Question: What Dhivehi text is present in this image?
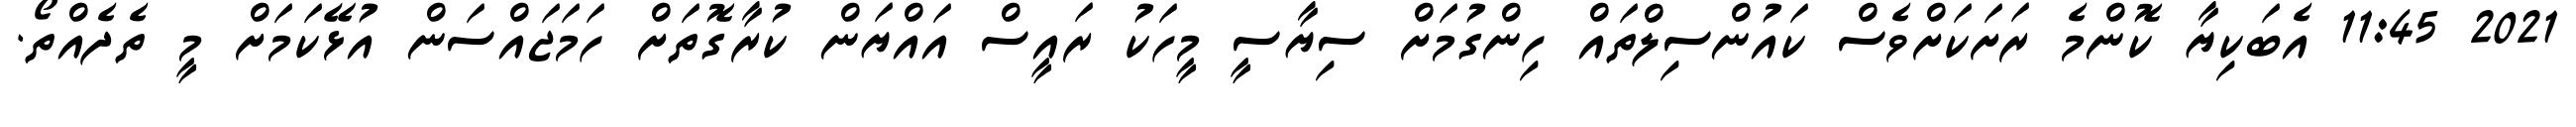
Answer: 2021 11:45 އެބަކިޔާ ކޮންމެ ރަށަކަށްވެސް ކައުންސިލްތައް ހިންގުމަށް ސިޔާސީ މީހަކު ރައީސް އައްޔަން ކުރާގޮތަށް ހަމަޖައްސަން އުޅޭކަމަށް މީ ތެދެއްތޯ.